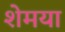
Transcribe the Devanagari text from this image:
शेमया